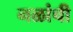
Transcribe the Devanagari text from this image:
नळांची